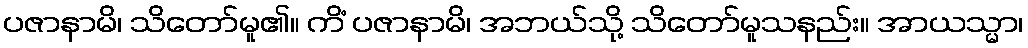
ပဇာနာမိ၊ သိတော်မူ၏။ ကိံ ပဇာနာမိ၊ အဘယ်သို့ သိတော်မူသနည်း။ အာယသ္မာ၊